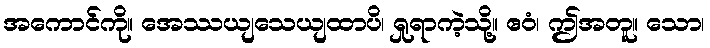
အကောင်ကို။ အေဿယျသေယျထာပိ၊ ရှုရာကဲ့သို့။ ဧဝံ၊ ဤအတူ။ သော၊